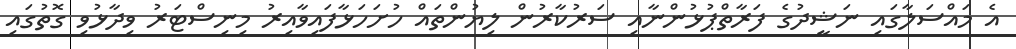
އެ މައްސަލާގައި ނަޝީދުގެ ފަރާތްޕުޅުންނާއި ސަރުކާރުން ލިޔުންތައް ހުށަހަޅާފައިވާއިރު މިނިސްޓަރު ވިދާޅުވި ގޮތުގައި